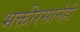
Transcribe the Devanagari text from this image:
भक्तीरसानेही